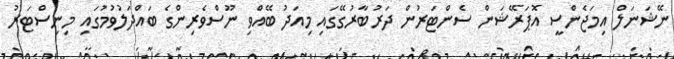
ނޭޝަނަލް އިމަޖެންސީ އޮޕަރޭޝަން ސެންޓަރުން ދަރުބާރުގޭގައި މިއަދު ބޭއްވި ނޫސްވެރިންގެ ބައްދަލުވުމުގައި މިނިސްޓަރު